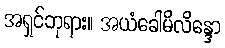
အရှင်ဘုရား။ အယံခေါမိလိန္ဒော